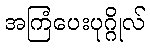
အကြံပေးပုဂ္ဂိုလ်